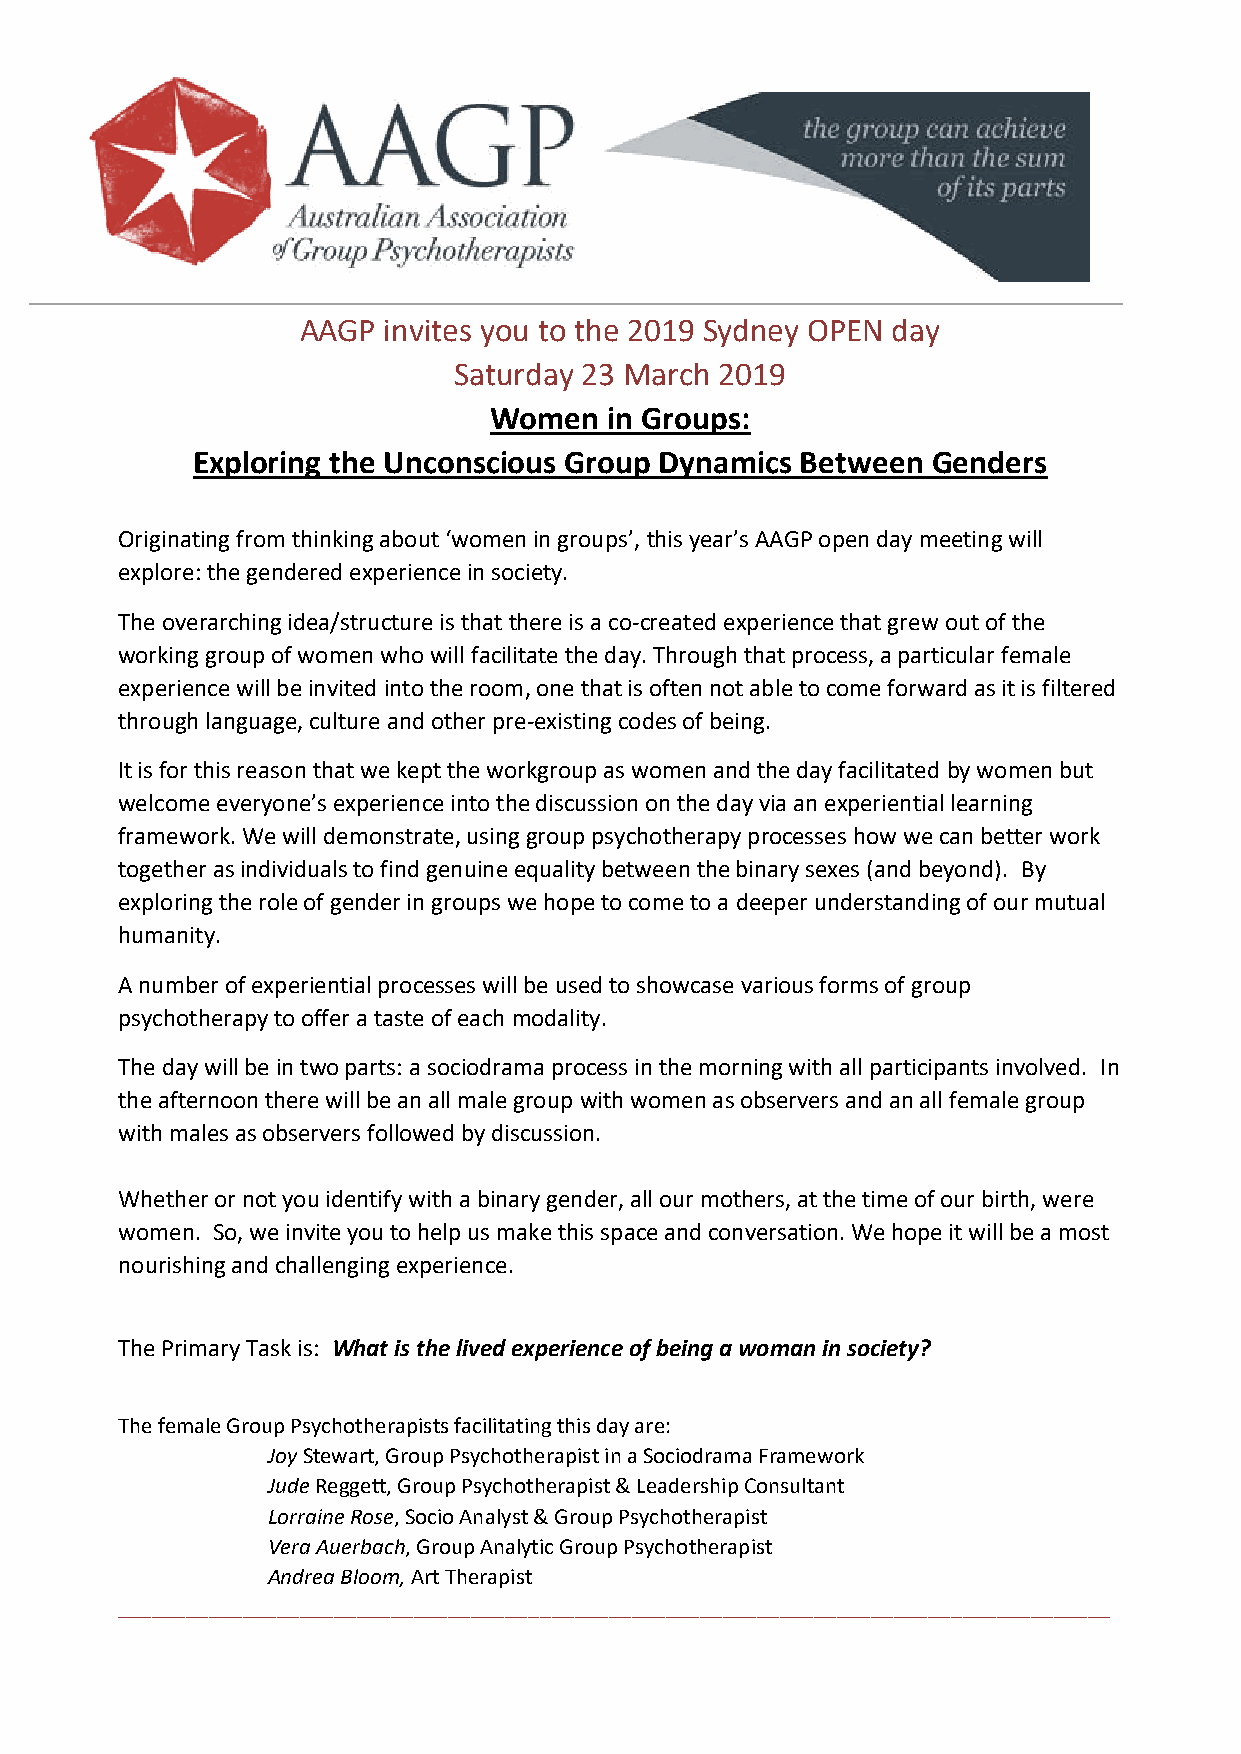
AAGP invites you to the 2019 Sydney OPEN day
 Saturday 23 March 2019
 Women   in Groups:
 Exploring the Unconscious Group Dynamics Between Genders
 Originating from thinking about ‘women in groups’, this year’s AAGP open day meeting will
 explore: the gendered experience in society.
 The overarching idea/structure is that there is a co-created experience that grew out of the
 working group of women who will facilitate the day. Through that process, a particular female
 experience will be invited into the room, one that is often not able to come forward as it is filtered
 through language, culture and other pre-existing codes of being.
 It is for this reason that we kept the workgroup as women and the day facilitated by women but
 welcome everyone’s experience into the discussion on the day via an experiential learning
 framework. We will demonstrate, using group psychotherapy processes how we can better work
 together as individuals to find genuine equality between the binary sexes (and beyond). By
 exploring the role of gender in groups we hope to come to a deeper understanding of our mutual
 humanity.
 A number of experiential processes will be used to showcase various forms of group
 psychotherapy to offer a taste of each modality.
 The day will be in two parts: a sociodrama process in the morning with all participants involved. In
 the afternoon there will be an all male group with women as observers and an all female group
 with males as observers followed by discussion.
 Whether or not you identify with a binary gender, all our mothers, at the time of our birth, were
 women. So, we invite you to help us make this space and conversation. We hope it will be a most
 nourishing and challenging experience.
 The Primary Task is: What is the lived experience of being a woman in society?
 The female Group Psychotherapists facilitating this day are:
 Joy Stewart, Group Psychotherapist in a Sociodrama Framework
 Jude Reggett, Group Psychotherapist & Leadership Consultant
 Lorraine Rose, Socio Analyst & Group Psychotherapist
 Vera Auerbach, Group Analytic Group Psychotherapist
 Andrea Bloom, Art Therapist
 _______________________________________________________________________________________